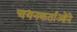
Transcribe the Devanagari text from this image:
चयनकर्ताओंने